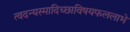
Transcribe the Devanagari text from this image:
त्वदन्यस्मादिच्छाविषयफललाभे